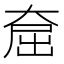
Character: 𪥕